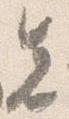
先